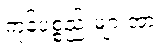
ကုန်ပစ္စည်းများအား